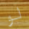
لو